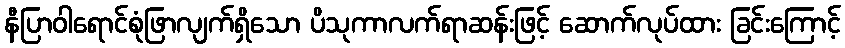
နီပြာဝါရောင်စုံဖြာလျက်ရှိသော ပိသုကာလက်ရာဆန်းဖြင့် ဆောက်လုပ်ထား ခြင်းကြောင့်